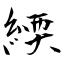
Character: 緛